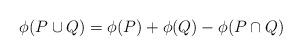
LaTeX: \begin{align*} \phi(P \cup Q) = \phi(P) + \phi(Q) - \phi(P \cap Q)\end{align*}